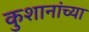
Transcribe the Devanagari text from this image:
कुशानांच्या